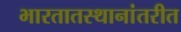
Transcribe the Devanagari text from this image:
भारतातस्थानांतरीत